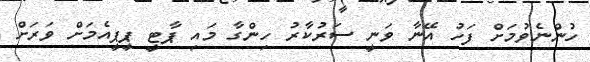
ހުންނެވުމަށް ފަހު އޭނާ ވަނީ ސަރުކާރު ހިންގާ މައި ޕާޓީ ޕީޕީއެމަށް ވަރަށް